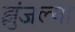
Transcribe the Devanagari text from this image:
झुंजल्या